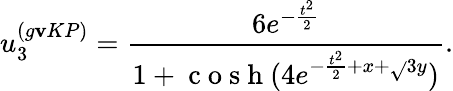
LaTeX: u_{3}^{(g\mathbf{v}KP)}=\frac{{6e^{-\frac{{t^{2}}}{{2}}}}}{{1+\mathrm{{~c~o~s~h~}}(4e^{-\frac{{t^{2}}}{{2}}+x+\sqrt{}{{3}}y})}}.